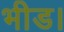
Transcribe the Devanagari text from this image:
भीड।